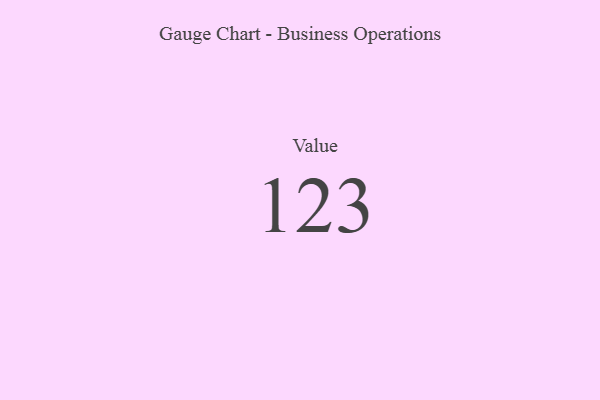
{"axis": {"x": "Metric", "y": "Value"}, "legend": [""], "data": [{"x": "Value", "y": 123, "type": ""}]}